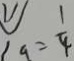
9 = \frac { 1 } { 4 }